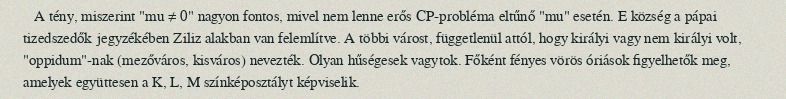
A tény, miszerint "mu  ≠  0" nagyon fontos, mivel nem lenne erős CP-probléma eltűnő "mu" esetén. E község a pápai tizedszedők jegyzékében Ziliz alakban van felemlítve. A többi várost, függetlenül attól, hogy királyi vagy nem királyi volt, "oppidum"-nak (mezőváros, kisváros) nevezték. Olyan hűségesek vagytok. Főként fényes vörös óriások figyelhetők meg, amelyek együttesen a K, L, M színképosztályt képviselik.